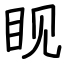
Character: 𪾢